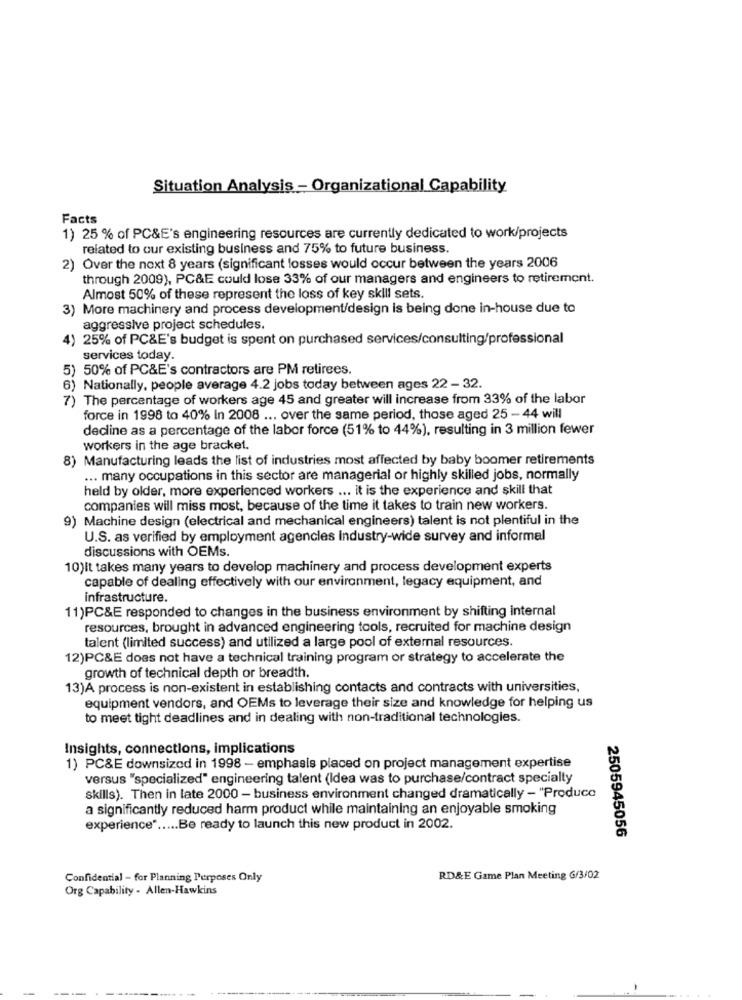
Situation Analysis - Organizational Capability
Facts
1) 25 % of PC&E's engineering resources are currently dedicated to work/projects
related to our existing business and 75% to future business.
2) Over the next 8 years (significant losses would occur between the years 2006
through 2009), PC&E could lose 33% of our managers and engineers to retirement.
Almost 50% of these represent the loss of key skill sets.
3) More machinery and process development/design is being done in-house due to
aggressive project schedules.
) 25% of PC&E's budget is spent on purchased services/consulting/professional
services today.
5) 50% of PC&E's contractors are PM retirees.
6) Nationally, people average 4.2 jobs today between ages 22 - 32.
7) The percentage of workers age 45 and greater will increase from 33% of the labor
force in 1998 to 40% In 2008 ... over the same period, those aged 25 - 44 will
decline as a percentage of the labor force (51% to 44%), resulting in 3 million fewer
workers in the age bracket.
8) Manufacturing leads the list of industries most affected by baby boomer retirements
... many occupations in this sector are managerial or highly skilled jobs, normally
held by older, more experienced workers ... It is the experience and skill that
companies will miss most, because of the time it takes to train new workers.
9) Machine design (electrical and mechanical engineers) talent is not plentiful in the
U.S. as verified by employment agencies Industry-wide survey and informal
discussions with OEMs.
10)It takes many years to develop machinery and process development experts
capable of dealing effectively with our environment, legacy equipment, and
infrastructure.
11)PC&E responded to changes in the business environment by shifting internal
resources, brought in advanced engineering tools, recruited for machine design
talent (limited success) and utilized a large pool of external resources.
12)PC&E does not have a technical training program or strategy to accelerate the
growth of technical depth or breadth.
13)A process is non-existent in establishing contacts and contracts with universities,
equipment vendors, and OEMs to leverage their size and knowledge for helping us
to meet tight deadlines and in dealing with non-traditional technologies.
Insights, connections, implications
1) PC&E downsizod in 1998 - emphasis placed on project management expertise
versus "specialized" engineering talent (Idea was to purchase/contract specialty
skills). Then in late 2000 - business environment changed dramatically - "Produce
a significantly reduced harm product while maintaining an enjoyable smoking
experience" ..... Be ready to launch this new product in 2002.
2505945056
Confidential - for Planning Perposes Only
RD&E Game Plan Meeting G/3/02
Org Capability - Allen-Hawkins